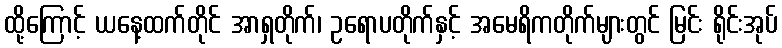
ထို့ကြောင့် ယနေ့ထက်တိုင် အာရှတိုက်၊ ဥရောပတိုက်နှင့် အမေရိကတိုက်များတွင် မြင်း ရိုင်းအုပ်